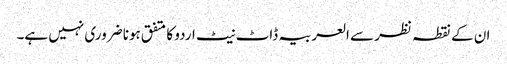
ان کے نقطہ نظر سے العربیہ ڈاٹ نیٹ اردو کا متفق ہونا ضروری نہیں ہے۔